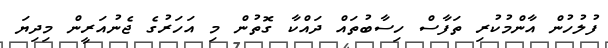
ފުލުހުން އާންމުކުރި ތަފާސް ހިސާބުތައް ދައްކާ ގޮތުން މި އަހަރުގެ ޖެނުއަރީން މިދިޔަ